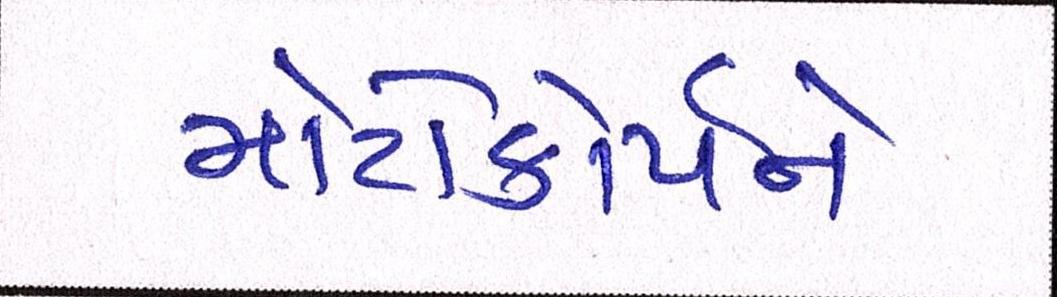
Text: મોટોકોર્પને